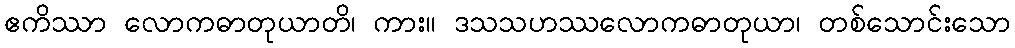
ဧကိဿာ လောကဓာတုယာတိ၊ ကား။ ဒသသဟဿလောကဓာတုယာ၊ တစ်သောင်းသော